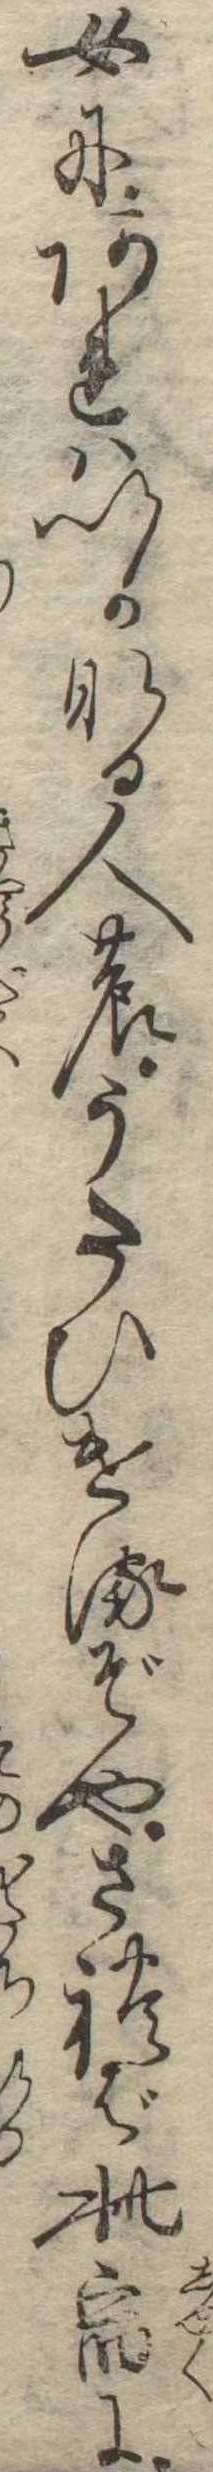
女にあれはいかなる人のうたひけるぞやされば此宿に